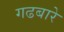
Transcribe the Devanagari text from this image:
गढबारे